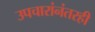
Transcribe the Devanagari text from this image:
उपचारांनंतरही